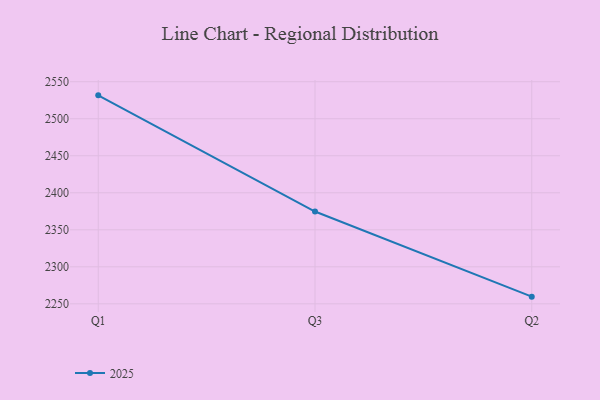
{"axis": {"x": "Quarter", "y": "Page Views"}, "legend": ["2025"], "data": [{"x": "Q1", "y": 2531.6, "type": "2025"}, {"x": "Q3", "y": 2374.7, "type": "2025"}, {"x": "Q2", "y": 2259.7, "type": "2025"}]}